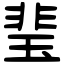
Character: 㻗